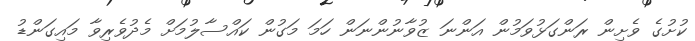
ކުށުގެ ވެށިން ރަންގަޅުވަމުން އަންނަ ޒުވާނުންނަން ހަމަ މަގުން ކައްސާލުމަށް މެދުވެރިވާ މައިގަންޑު